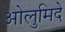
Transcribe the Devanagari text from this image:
ओलुमिदे